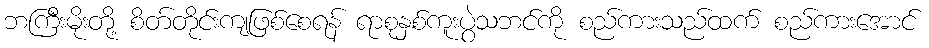
ဘကြီးမိုးတို့ စိတ်တိုင်းကျဖြစ်စေရန် ရာစုနှစ်ကူးပွဲသဘင်ကို စည်ကားသည်ထက် စည်ကားအောင်